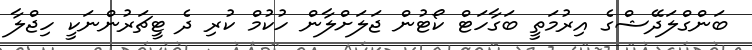
ބަންގްލަދޭޝްގެ އިރުމަތީ ބަގާހަޓް ކޯޓުން ޖަލަށްލާން ހުކުމް ކުރި ދެ ޓީޗަރުންނަކީ ހިޖްލާ